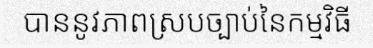
បាននូវភាពស្របច្បាប់នៃកម្មវិធី